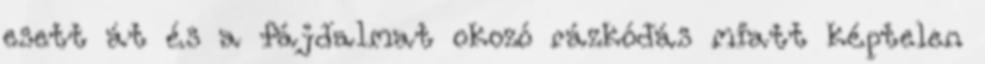
esett át és a fájdalmat okozó rázkódás miatt képtelen